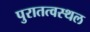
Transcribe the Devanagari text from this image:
पुरातत्वस्थल